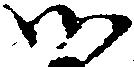
御